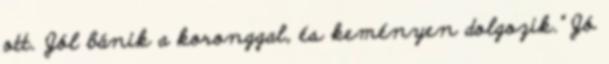
ott. Jól bánik a koronggal, és keményen dolgozik.” Jó